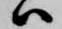
ハ